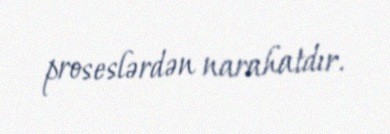
proseslərdən narahatdır.